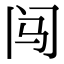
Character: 闯